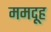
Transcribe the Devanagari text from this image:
ममदूह